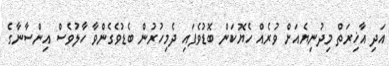
އަދި އާޚިރަތް މިދުނިޔެއަށް ވުރެއް ހެޔޮކަން ބޮޑުވެފައި ދެމިހުރުން ބެޑުވެގެންވާ ހާލުވެސް އިންސާނާގެ